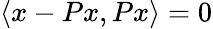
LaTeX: \langle x-Px,Px\rangle=0